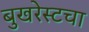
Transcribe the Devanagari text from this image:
बुखरेस्टचा